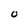
Character: O